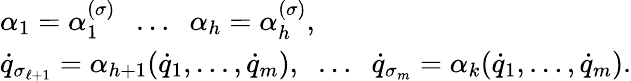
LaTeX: \begin{array}{l}{\alpha_{1}=\alpha_{1}^{(\sigma)}\; \; \dots\; \; \alpha_{h}=\alpha_{h}^{(\sigma)},}\\ {{\dot{q}}_{\sigma_{\ell+1}}=\alpha_{h+1}({\dot{q}}_{1},\dots,{\dot{q}}_{m}),\; \; \dots\; \; {\dot{q}}_{\sigma_{m}}=\alpha_{k}({\dot{q}}_{1},\dots,{\dot{q}}_{m}).}\end{array}